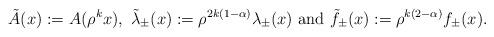
LaTeX: \begin{align*}\tilde A(x) := A(\rho^k x), \ \tilde \lambda_{\pm}(x) := \rho^{2k(1-\alpha)} \lambda_{\pm}(x) \ \mbox{and} \ \tilde f_{\pm}(x) : = \rho^{k(2-\alpha)}f_{\pm}(x).\end{align*}